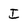
Character: I